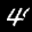
Label: 4